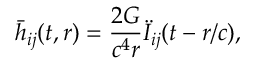
{ \bar { h } } _ { i j } ( t , r ) = { \frac { 2 G } { c ^ { 4 } r } } { \ddot { I } } _ { i j } ( t - r / c ) ,